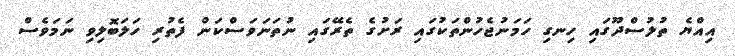
އިއްޔެ ތުލުސްދޫގައި ހިނގި ހަމަނުޖެހުންތަކުގައި ރަށުގެ ތެރޭގައި ނުތަނަވަސްކަން ފެތުރި ހަލަބޮލިވި ނަމަވެސް